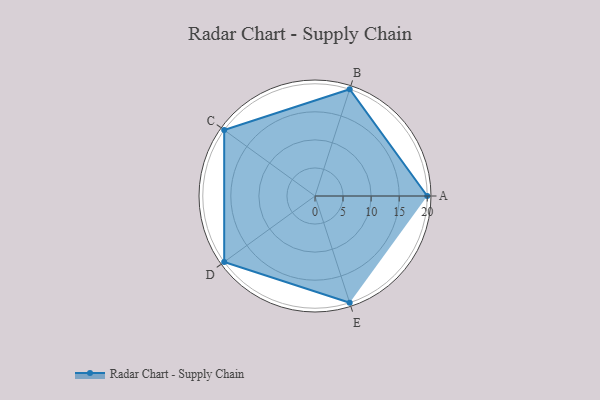
{"axis": {"x": "Skill", "y": "Score"}, "legend": ["Profile"], "data": [{"x": "A", "y": 20, "type": "Profile"}, {"x": "B", "y": 20, "type": "Profile"}, {"x": "C", "y": 20, "type": "Profile"}, {"x": "D", "y": 20, "type": "Profile"}, {"x": "E", "y": 20, "type": "Profile"}]}